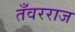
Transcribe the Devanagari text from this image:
तँवरराज